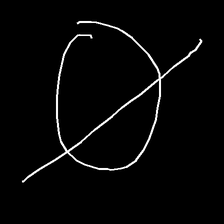
Glyph: orb